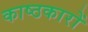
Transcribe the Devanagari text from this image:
काष्ठकारों